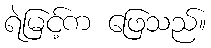
ရဲမြင့်က ဖြေသည်။